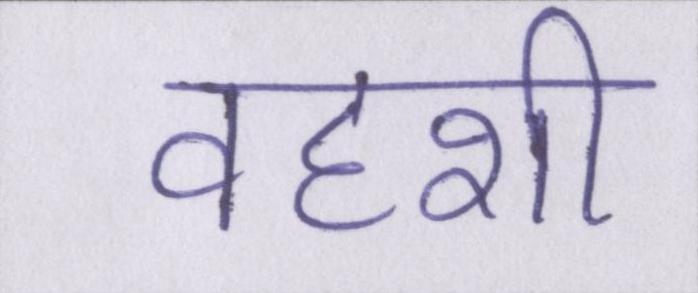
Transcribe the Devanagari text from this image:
वहशी